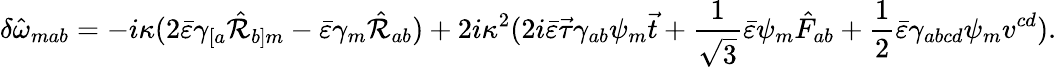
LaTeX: \delta\hat{\omega}_{mab}=-i\kappa(2\bar{\varepsilon}\gamma_{[a}\hat{\cal R}_{b]m}-\bar{\varepsilon}\gamma_{m}\hat{\cal R}_{ab})+2i\kappa^{2}(2i\bar{\varepsilon}\vec{\tau}\gamma_{ab}\psi_{m}\vec{t}+\frac{1}{\sqrt{3}}\bar{\varepsilon}\psi_{m}\hat{F}_{ab}+\frac{1}{2}\bar{\varepsilon}\gamma_{abcd}\psi_{m}v^{cd}).